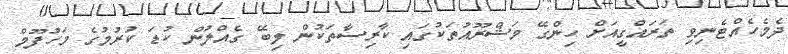
ދެމެހެއްޓެނިވި ތަރައްގީއަށް ހިންގޭ މަޝްރޫއުތަކުގައި ކާރިސާތަކުން ލިބޭ ގެއްލުން ކުޑަ ކުރުމުގެ މަހުފޫމް